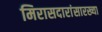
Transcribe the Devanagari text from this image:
मिरासदारांसारख्या